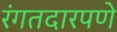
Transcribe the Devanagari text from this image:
रंगतदारपणे